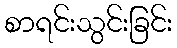
စာရင်းသွင်းခြင်း